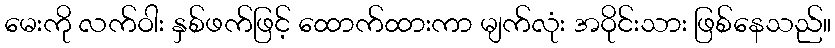
မေးကို လက်ဝါး နှစ်ဖက်ဖြင့် ထောက်ထားကာ မျက်လုံး အဝိုင်းသား ဖြစ်နေသည်။